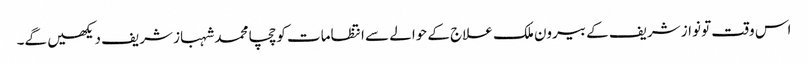
اس وقت تو نواز شریف کے بیرون ملک علاج کے حوالے سے انتظامات کو چچا محمد شہباز شریف دیکھیں گے۔